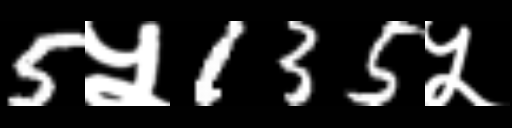
Text: 5५135५